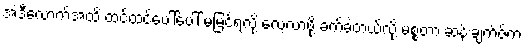
အဲဒီလောက်အထိ ထင်ထင်ပေါ်ပေါ် မမြင်ရလို့ လေ့လာဖို့ ခက်ခဲတယ်လို့ မစ္စတာ ဆန်းချက်ဇ်က